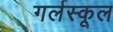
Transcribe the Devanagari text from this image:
गर्लस्कूल